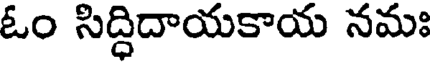
ఓం సిద్ధిదాయకాయ నమః